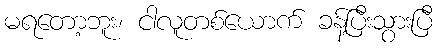
မရတော့ဘူး၊ ငါလူတစ်ယောက် ခန့်ပြီးသွားပြီ